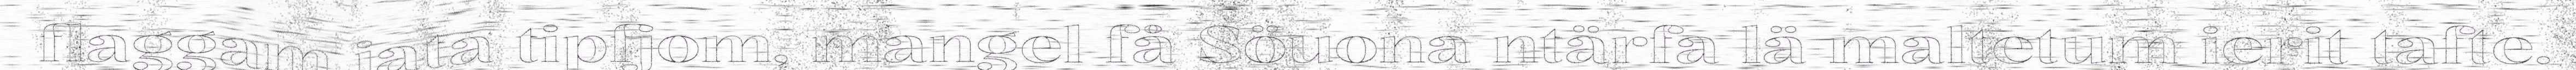
flaggam jata tipfjom, mangel få Söuona ntärfa lä maltetum ierit tafte.